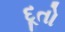
દૂતો